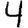
Digit: 4